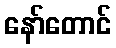
နော်တောင်